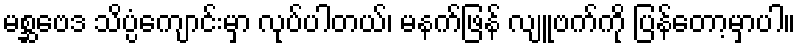
မစ္ဆဗေဒ သိပ္ပံကျောင်းမှာ လုပ်ပါတယ်၊ မနက်ဖြန် လျူဗက်ကို ပြန်တော့မှာပါ။